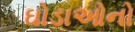
ઘોડાઓનો